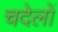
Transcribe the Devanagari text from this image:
चदेलों